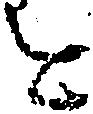
を